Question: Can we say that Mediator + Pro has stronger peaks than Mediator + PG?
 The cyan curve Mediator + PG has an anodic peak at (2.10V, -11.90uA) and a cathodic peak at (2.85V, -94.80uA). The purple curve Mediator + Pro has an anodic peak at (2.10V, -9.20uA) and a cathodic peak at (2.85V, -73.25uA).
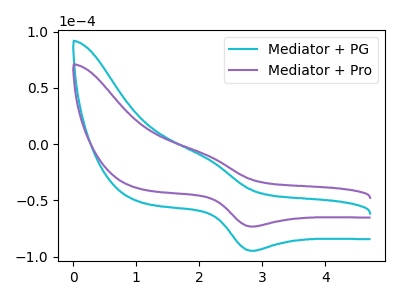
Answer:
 <answer>The peaks in "Mediator + Pro" are neither all higher or all lower than the peaks in "Mediator + PG".</answer>
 <eval>mixed</eval>